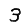
Digit: 3